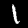
Digit: 1